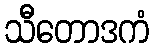
သီတောဒကံ